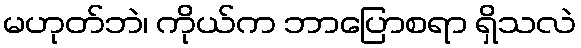
မဟုတ်ဘဲ၊ ကိုယ်က ဘာပြောစရာ ရှိသလဲ